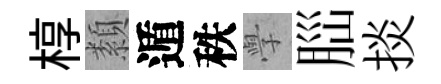
椁纇遁秩𭓕𦛁掞